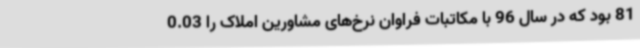
81 بود که در سال 96 با مکاتبات فراوان نرخ‌های مشاورین املاک را 0.03